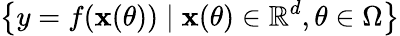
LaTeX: \left\{ y=f(\mathbf{x}(\theta))\mid\mathbf{x}(\theta)\in\mathbb{R}^{d},\theta\in\Omega\right\}